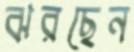
ঝরছেন